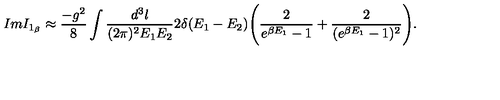
I m I _ { 1 _ { \beta } } \approx \frac { - g ^ { 2 } } { 8 } \int \frac { d ^ { 3 } l } { ( 2 \pi ) ^ { 2 } E _ { 1 } E _ { 2 } } 2 \delta ( E _ { 1 } - E _ { 2 } ) \Bigg ( \frac { 2 } { e ^ { \beta E _ { 1 } } - 1 } + \frac { 2 } { ( e ^ { \beta E _ { 1 } } - 1 ) ^ { 2 } } \Bigg ) .